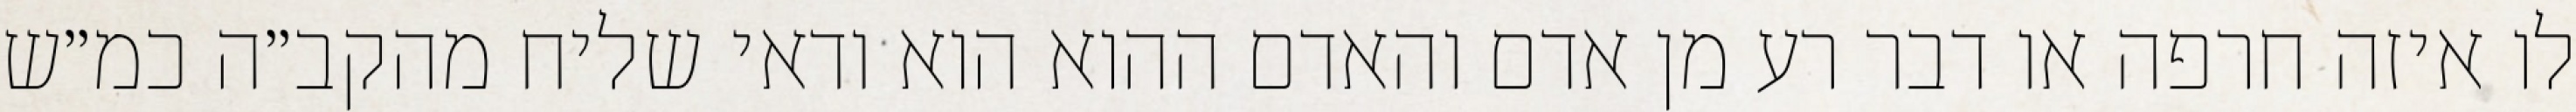
לו איזה חרפה או דבר רע מן אדם והאדם ההוא הוא ודאי שליח מהקב״ה כמ״ש